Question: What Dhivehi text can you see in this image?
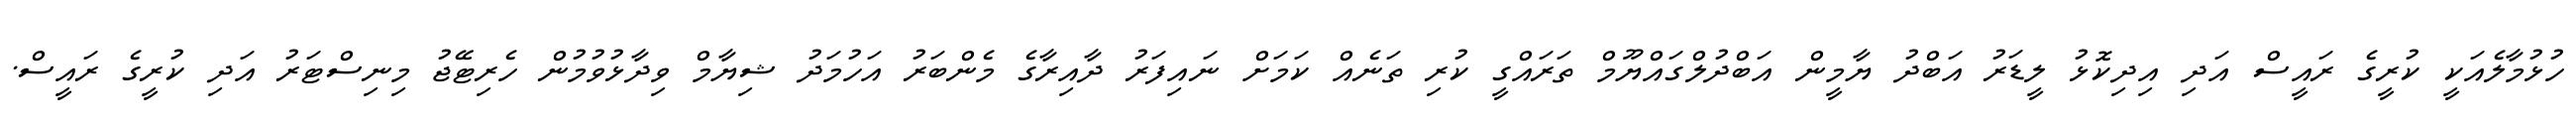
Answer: ހުޅުމާލެއަކީ ކުރީގެ ރައީސް އަދި އިދިކޮޅު ލީޑަރު އަބްދު ޔާމީން އަބްދުލްގައްޔޫމް ތަރައްގީ ކުރި ތަނެއް ކަމަށް ނައިފަރު ދާއިރާގެ މެންބަރު އަހުމަދު ޝިޔާމް ވިދާޅުވުމުން ހެރިޓޭޖު މިނިސްޓަރު އަދި ކުރީގެ ރައީސް.